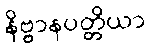
နိဗ္ဗာနပတ္တိယာ